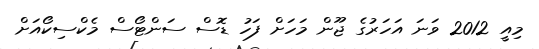
މިއީ 2012 ވަނަ އަހަރުގެ ޖޫން މަހަށް ފަހު ޑޮސް ސަންޓޯސް މެކްސިކޯއަށް